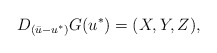
\begin{align*} D_{(\bar u - u^*)} G (u^*) = (X,Y,Z), \end{align*}